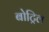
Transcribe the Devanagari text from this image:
बोट्रिल